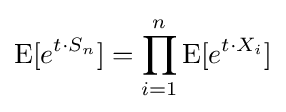
\operatorname {E} [e^{t\cdot S_{n}}]=\prod _{i=1}^{n}{\operatorname {E} [e^{t\cdot X_{i}}]}